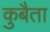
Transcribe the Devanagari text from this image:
कुबैता